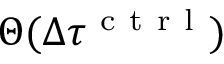
\Theta ( \Delta \tau ^ { \mathrm { ~ c ~ t ~ r ~ l ~ } } )